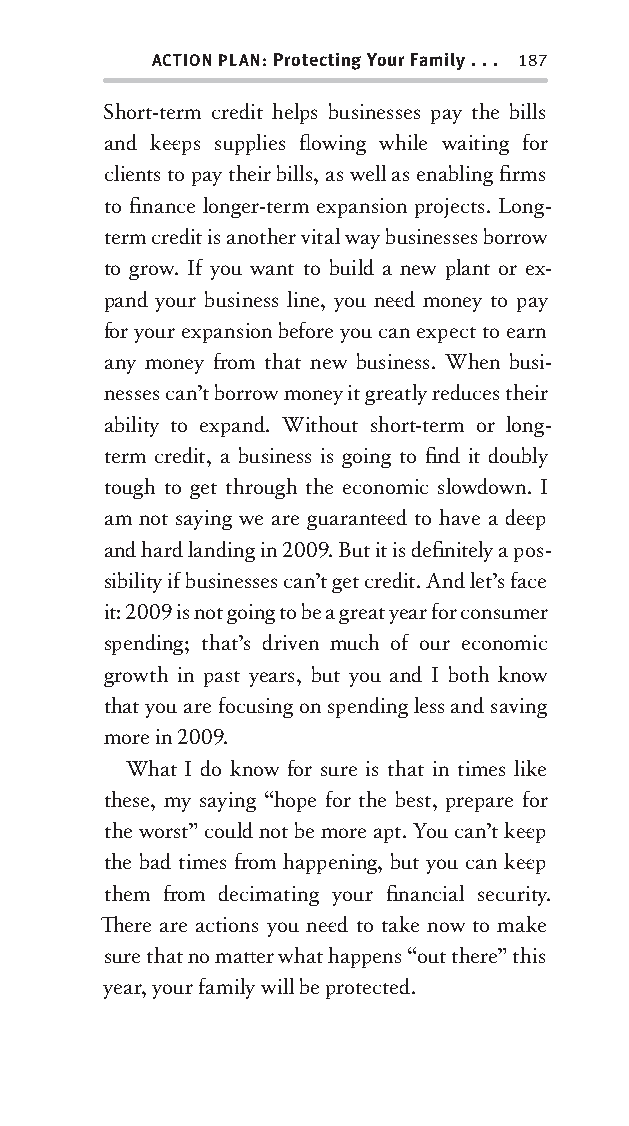
ACTION PLAN: Protecting Your Family . . . 187
 Short-term credit helps businesses pay the bills
 and kee ps supplies fl owing while waiting for
 clients to pay their bills, as well as enabling fi rms
 to fi nance longer-term expansion projects. Long-
 term credit is another vital way businesses borrow
 to grow. If you want to build a new plant or ex-
 pand your business line, you nee d money to pay
 for your expansion before you can expect to earn
 any money fr om that new business. When busi-
 nesses can’t borrow money it greatly reduces their
 ability to expand. Without short-term or long-
 term credit, a business is going to fi nd it doubly
 tough to get through the economic slowdown. I
 am not saying we are guarantee d to have a dee p
 and hard landing in 2009. But it is defi nitely a pos-
 sibility if businesses can’t get credit. And let’s face
 it: 2009 is not going to be a great year for consumer
 spending; that’s driven much of our economic
 growth in past years, but you and I both know
 that you are focusing on spending less and saving
 more in 2009.
 What I do know for sure is that in times like
 these, my saying “hope for the best, prepare for
 the worst” could not be more apt. You can’t kee p
 the bad times fr om happening, but you can kee p
 them fr om decimating your fi nancial security .
 Th ere are actions you nee d to take now to make
 sure that no matt er what happens “out there” this
 year, your family will be protected.
 OOrrmmaa__99778800338855553300993344__44pp__aallll__rr11..iinndddd 118877 1122//33//0088 99::3311::3388 AAMM